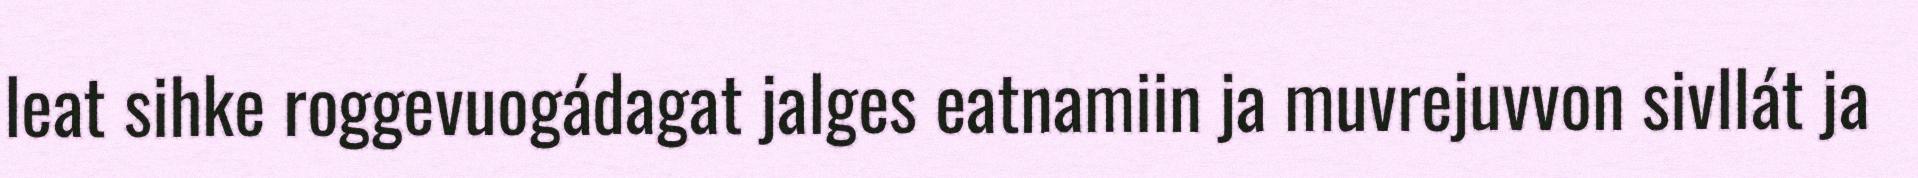
leat sihke roggevuogádagat jalges eatnamiin ja muvrejuvvon sivllát ja